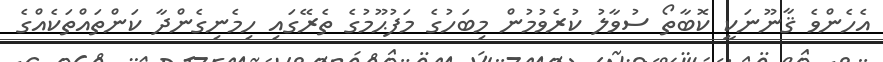
އެހެންވެ ޤާނޫނަކީ ކޮބާތޯ ސުވާލު ކުރެވުމުން މިބަހުގެ މަފުޙޫމުގެ ތެރޭގައި ހިމެނިގެންދާ ކަންތައްތަކެއްގެ